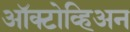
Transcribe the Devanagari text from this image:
ऑक्टोव्हिअन